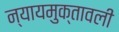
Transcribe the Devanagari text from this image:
न्यायमुक्तावली